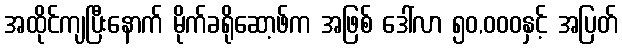
အထိုင်ကျပြီးနောက် မိုက်ခရိုဆော့ဖ်က အဖြစ် ဒေါ်လာ ၅၀,၀၀၀နှင့် အပြတ်